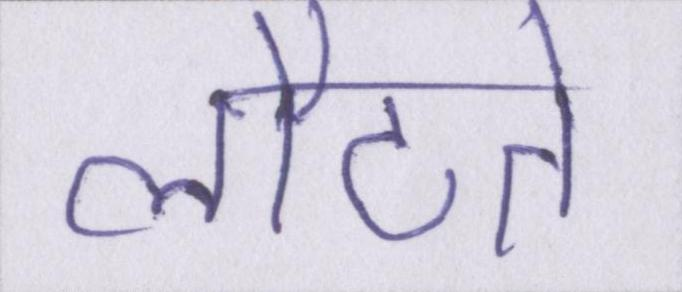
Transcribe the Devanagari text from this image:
लौटते